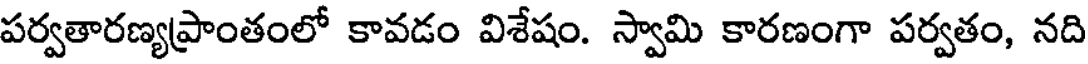
పర్వతారణ్యప్రాంతంలో కావడం విశేషం. స్వామి కారణంగా పర్వతం, నది